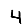
Digit: 4